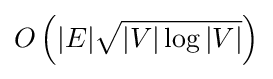
O\left(|E|{\sqrt {|V|\log |V|}}\right)